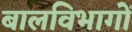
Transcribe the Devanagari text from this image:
बालविभागों